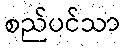
စည်ပင်သာ